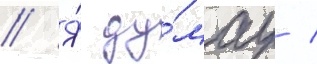
// Я́ ду́мау /